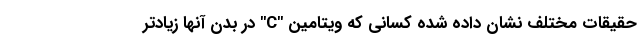
حقیقات مختلف نشان داده شده کسانی که ویتامین "C" در بدن آنها زیادتر